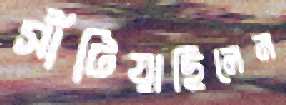
সাঁটিয়াছিলেন